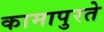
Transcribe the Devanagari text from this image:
कामापुरते